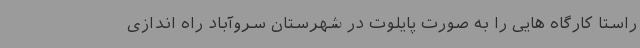
راستا کارگاه هایی را به صورت پایلوت در شهرستان سروآباد راه اندازی